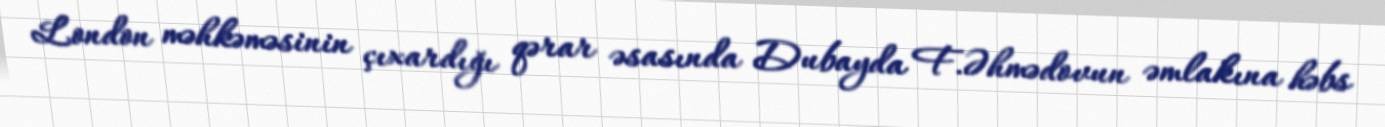
London məhkəməsinin çıxardığı qərar əsasında Dubayda F.Əhmədovun əmlakına həbs